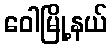
ဝေါမြို့နယ်